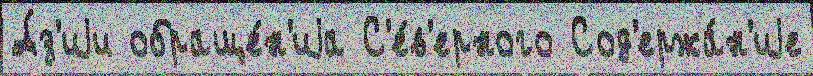
А́з'иjи обраще́н'иjа С'е́в'ерного Сод'ержа́н'иjе